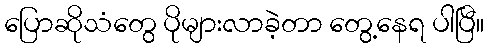
ပြောဆိုသံတွေ ပိုများလာခဲ့တာ တွေ့နေရ ပါပြီ။